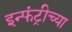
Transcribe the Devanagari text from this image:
इन्फंट्रीच्या